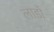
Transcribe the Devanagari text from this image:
लाडों